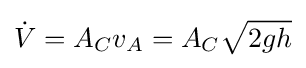
{\dot {V}}=A_{C}v_{A}=A_{C}{\sqrt {2gh}}